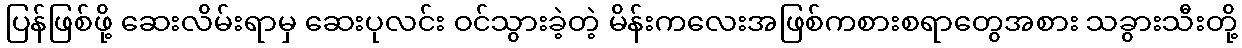
ပြန်ဖြစ်ဖို့ ဆေးလိမ်းရာမှ ဆေးပုလင်း ဝင်သွားခဲ့တဲ့ မိန်းကလေးအဖြစ်ကစားစရာတွေအစား သခွားသီးတို့